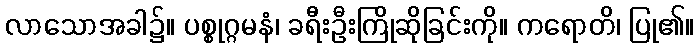
လာသောအခါ၌။ ပစ္စုဂ္ဂမနံ၊ ခရီးဦးကြိုဆိုခြင်းကို။ ကရောတိ၊ ပြု၏။